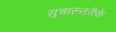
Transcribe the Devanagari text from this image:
सुचारूतरीके